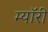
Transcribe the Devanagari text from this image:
म्यॉरी